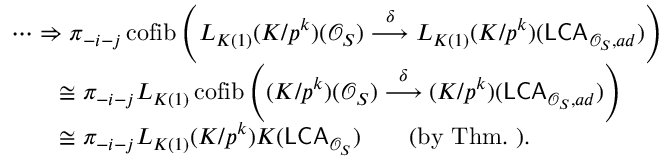
\begin{array} { r l } & { \cdots \Rightarrow \pi _ { - i - j } \operatorname * { c o f i b } \left( L _ { K ( 1 ) } ( K / p ^ { k } ) ( \mathcal { O } _ { S } ) \overset { \delta } { \longrightarrow } L _ { K ( 1 ) } ( K / p ^ { k } ) ( \mathsf { L C A } _ { \mathcal { O } _ { S } , a d } ) \right) } \\ & { \qquad \cong \pi _ { - i - j } L _ { K ( 1 ) } \operatorname * { c o f i b } \left( ( K / p ^ { k } ) ( \mathcal { O } _ { S } ) \overset { \delta } { \longrightarrow } ( K / p ^ { k } ) ( \mathsf { L C A } _ { \mathcal { O } _ { S } , a d } ) \right) } \\ & { \qquad \cong \pi _ { - i - j } L _ { K ( 1 ) } ( K / p ^ { k } ) K ( \mathsf { L C A } _ { \mathcal { O } _ { S } } ) \qquad \mathrm { ( b y ~ T h m . ~ ) . } } \end{array}